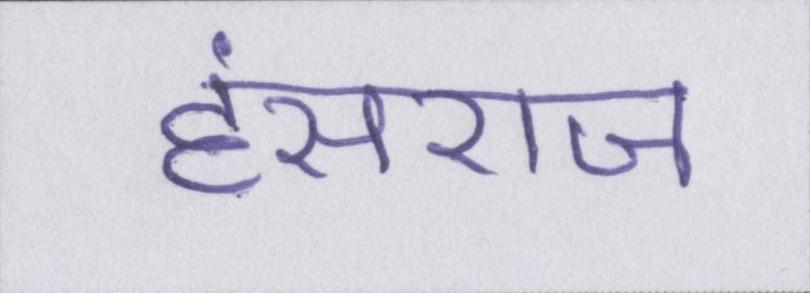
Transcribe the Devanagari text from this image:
हंसराज